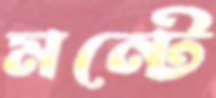
মন্টে